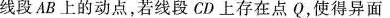
线段AB上的动点，若线段CD上存在点Q，使得异面